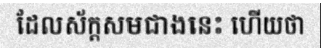
ដែលស័ក្តសមជាងនេះ ហើយថា